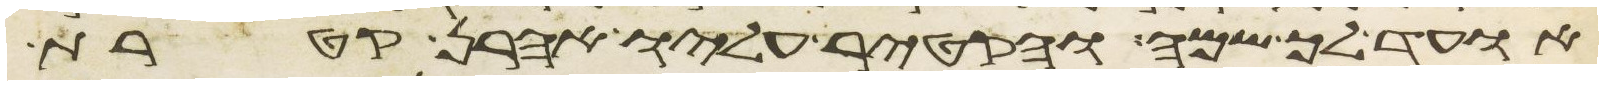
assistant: אועד לך שמה והקטיר עליו אהרן קטרת